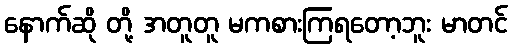
နောက်ဆို တို့ အတူတူ မကစားကြရတော့ဘူး မာတင်